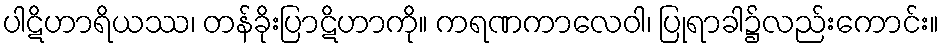
ပါဋိဟာရိယဿ၊ တန်ခိုးပြာဋိဟာကို။ ကရဏကာလေဝါ၊ ပြုရာခါ၌လည်းကောင်း။